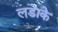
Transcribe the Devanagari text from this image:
लडाके